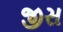
જીસ